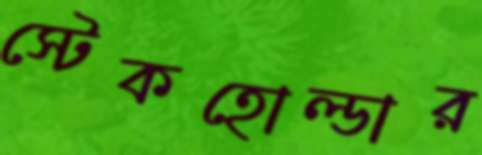
স্টেকহোল্ডার